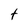
Character: t